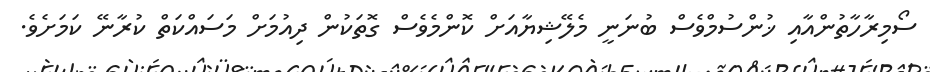
ސޯމިރާހާތުންއާއި ޚުންސުމްވެސް ބުނަނީ މެލޭޝިޔާއަށް ކޮންމެވެސް ގޮތަކުން ދިއުމަށް މަސައްކަތް ކުރާނޭ ކަމަށެވެ.